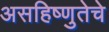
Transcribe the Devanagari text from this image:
असहिष्णुतेचे